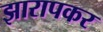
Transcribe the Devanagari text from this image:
झारापकर